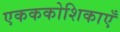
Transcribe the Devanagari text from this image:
एकककोशिकाएँ